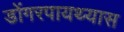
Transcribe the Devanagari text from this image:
डोंगरपायथ्यास